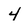
Character: 4